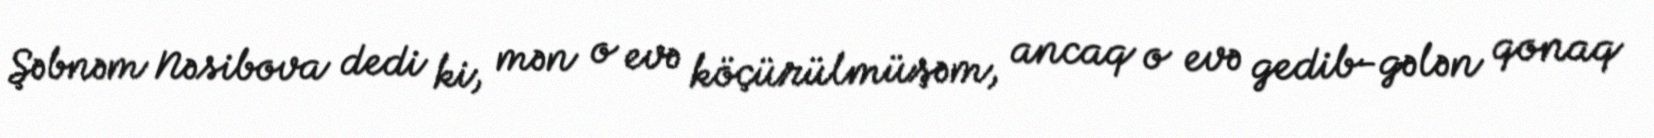
Şəbnəm Nəsibova dedi ki, mən o evə köçürülmüşəm, ancaq o evə gedib-gələn qonaq